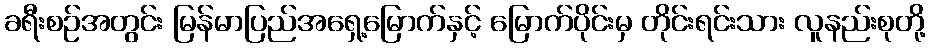
ခရီးစဉ်အတွင်း မြန်မာပြည်အရှေ့မြောက်နှင့် မြောက်ပိုင်းမှ တိုင်းရင်းသား လူနည်းစုတို့